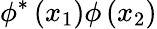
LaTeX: \phi^{*}\left(x_{1}\right)\phi\left(x_{2}\right)